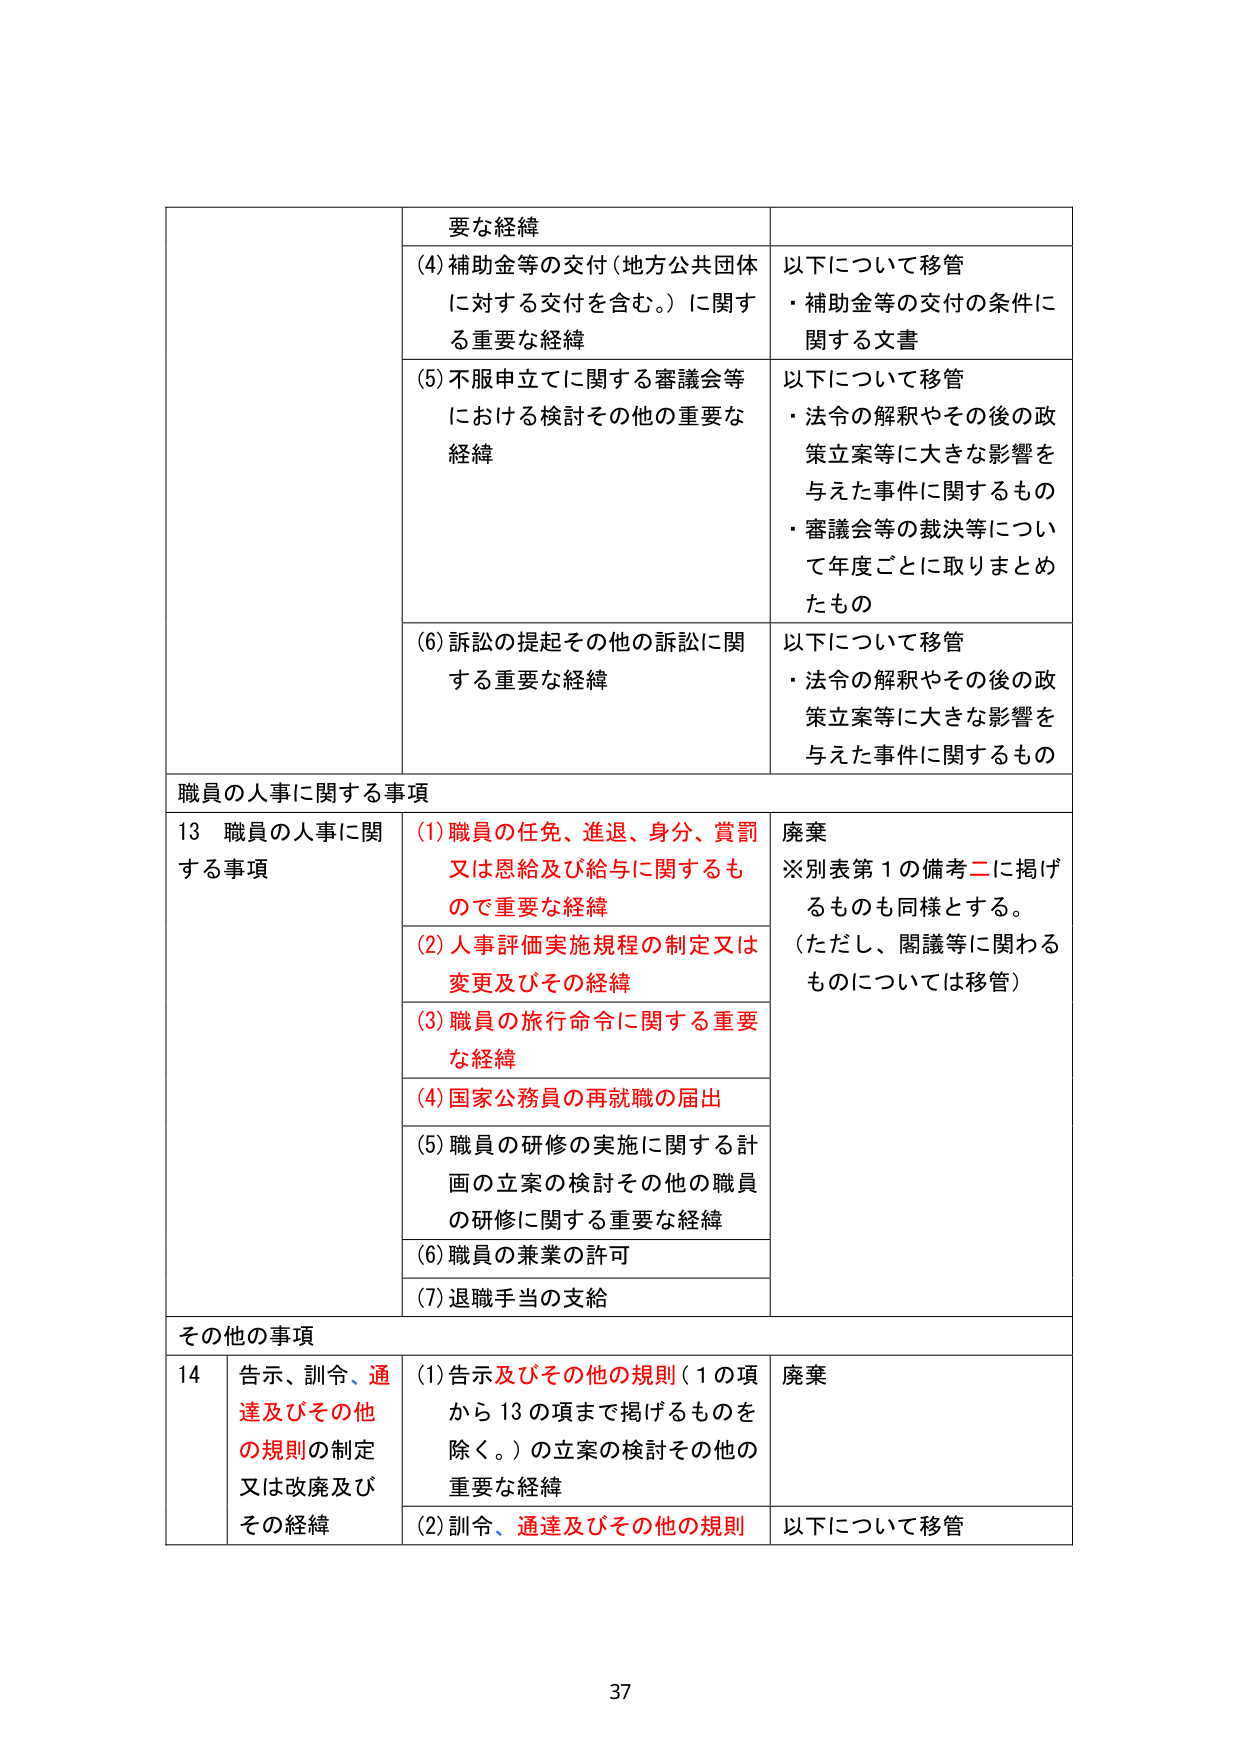
要な経緯
(4) 補助金等の交付（地方公共団体に対する交付を含む。）に関する重要な経緯
以下について移管
・補助金等の交付の条件に関する文書

(5) 不服申立てに関する審議会等における検討その他の重要な経緯
以下について移管
・法令の解釈やその後の政策立案等に大きな影響を与えた事件に関するもの
・審議会等の裁決等について年度ごとに取りまとめたもの

(6) 訴訟の提起その他の訴訟に関する重要な経緯
以下について移管
・法令の解釈やその後の政策立案等に大きな影響を与えた事件に関するもの

職員の人事に関する事項
13 職員の人事に関する事項
(1) 職員の任免、進退、身分、賞罰又は恩給及び給与に関するもので重要な経緯
廃棄
※別表第1の備考二に掲げるのもも同様とする。
（ただし、閲議等に関わるものについては移管）

(2) 人事評価実施規程の制定又は変更及びその経緯

(3) 職員の旅行命令に関する重要な経緯

(4) 国家公務員の再就職の届出

(5) 職員の研修の実施に関する計画の立案の検討その他の職員の研修に関する重要な経緯

(6) 職員の兼業の許可

(7) 退職手当の支給

その他の事項
14 告示、訓令、通達及びその他の規則の制定又は改廃及びその経緯
(1) 告示及びその他の規則（1の項から13の項まで掲げるものを除く。）の立案の検討その他の重要な経緯
廃棄

(2) 訓令、通達及びその他の規則
以下について移管

37